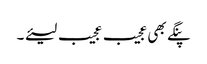
پنگے بھی عجیب عجیب لیئے ۔